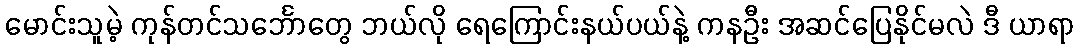
မောင်းသူမဲ့ ကုန်တင်သင်္ဘောတွေ ဘယ်လို ရေကြောင်းနယ်ပယ်နဲ့ ကနဦး အဆင်ပြေနိုင်မလဲ ဒီ ယာရာ